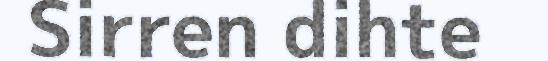
Sirren dihte